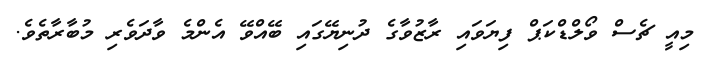
މިއީ ޗެސް ވޯލްޑްކަޕް ފިޔަވައި ރާޒުވާގެ ދުނިޔޭގައި ބޭއްވޭ އެންމެ ވާދަވެރި މުބާރާތެވެ.